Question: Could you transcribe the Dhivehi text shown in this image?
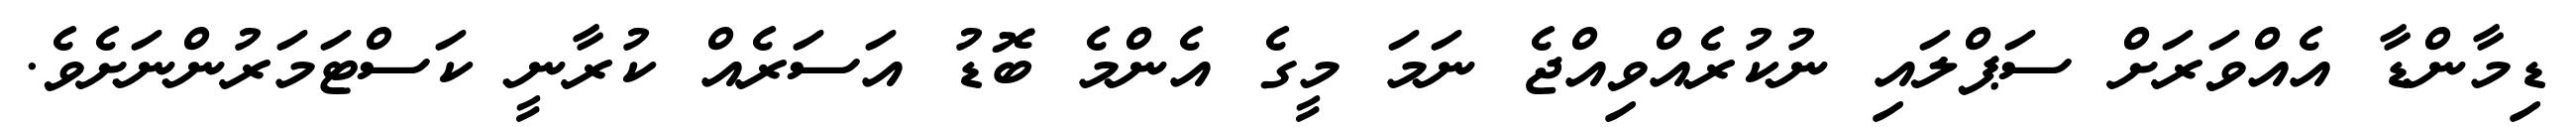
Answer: ޑިމާންޑާ އެއްވަރަށް ސަޕްލައި ނުކުރެއްވިއްޖެ ނަމަ މީގެ އެންމެ ބޮޑު އަސަރެއް ކުރާނީ ކަސްޓަމަރުންނަށެވެ.